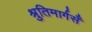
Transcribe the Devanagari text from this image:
श्रुतिमार्गसँ